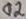
Text: 02